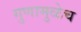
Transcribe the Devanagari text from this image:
गुणामुळेच